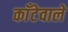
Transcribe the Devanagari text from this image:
काँटेवाले